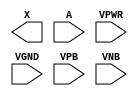
module sky130_fd_sc_hdll__probec_p (
    X   ,
    A   ,
    VPWR,
    VGND,
    VPB ,
    VNB
);

    output X   ;
    input  A   ;
    input  VPWR;
    input  VGND;
    input  VPB ;
    input  VNB ;
endmodule